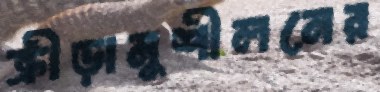
ক্রীড়ানুশীলনের